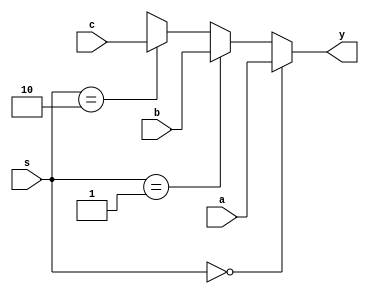
module mux3 #(parameter WIDTH = 32)
             (input [WIDTH-1:0] a, b, c,
              input [1:0] s,
              output [WIDTH-1:0] y);
    
    assign y = (s == 2'b00) ? a : 
               (s == 2'b01) ? b :
               (s == 2'b10) ? c :
               {WIDTH{1'bx}};
endmodule